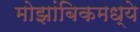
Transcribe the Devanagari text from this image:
मोझांबिकमध्ये